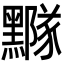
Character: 𪒛